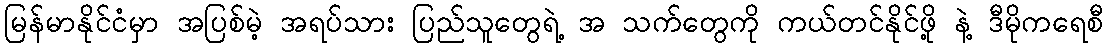
မြန်မာနိုင်ငံမှာ အပြစ်မဲ့ အရပ်သား ပြည်သူတွေရဲ့ အ သက်တွေကို ကယ်တင်နိုင်ဖို့ နဲ့ ဒီမိုကရေစီ